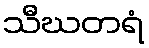
သီဃတရံ